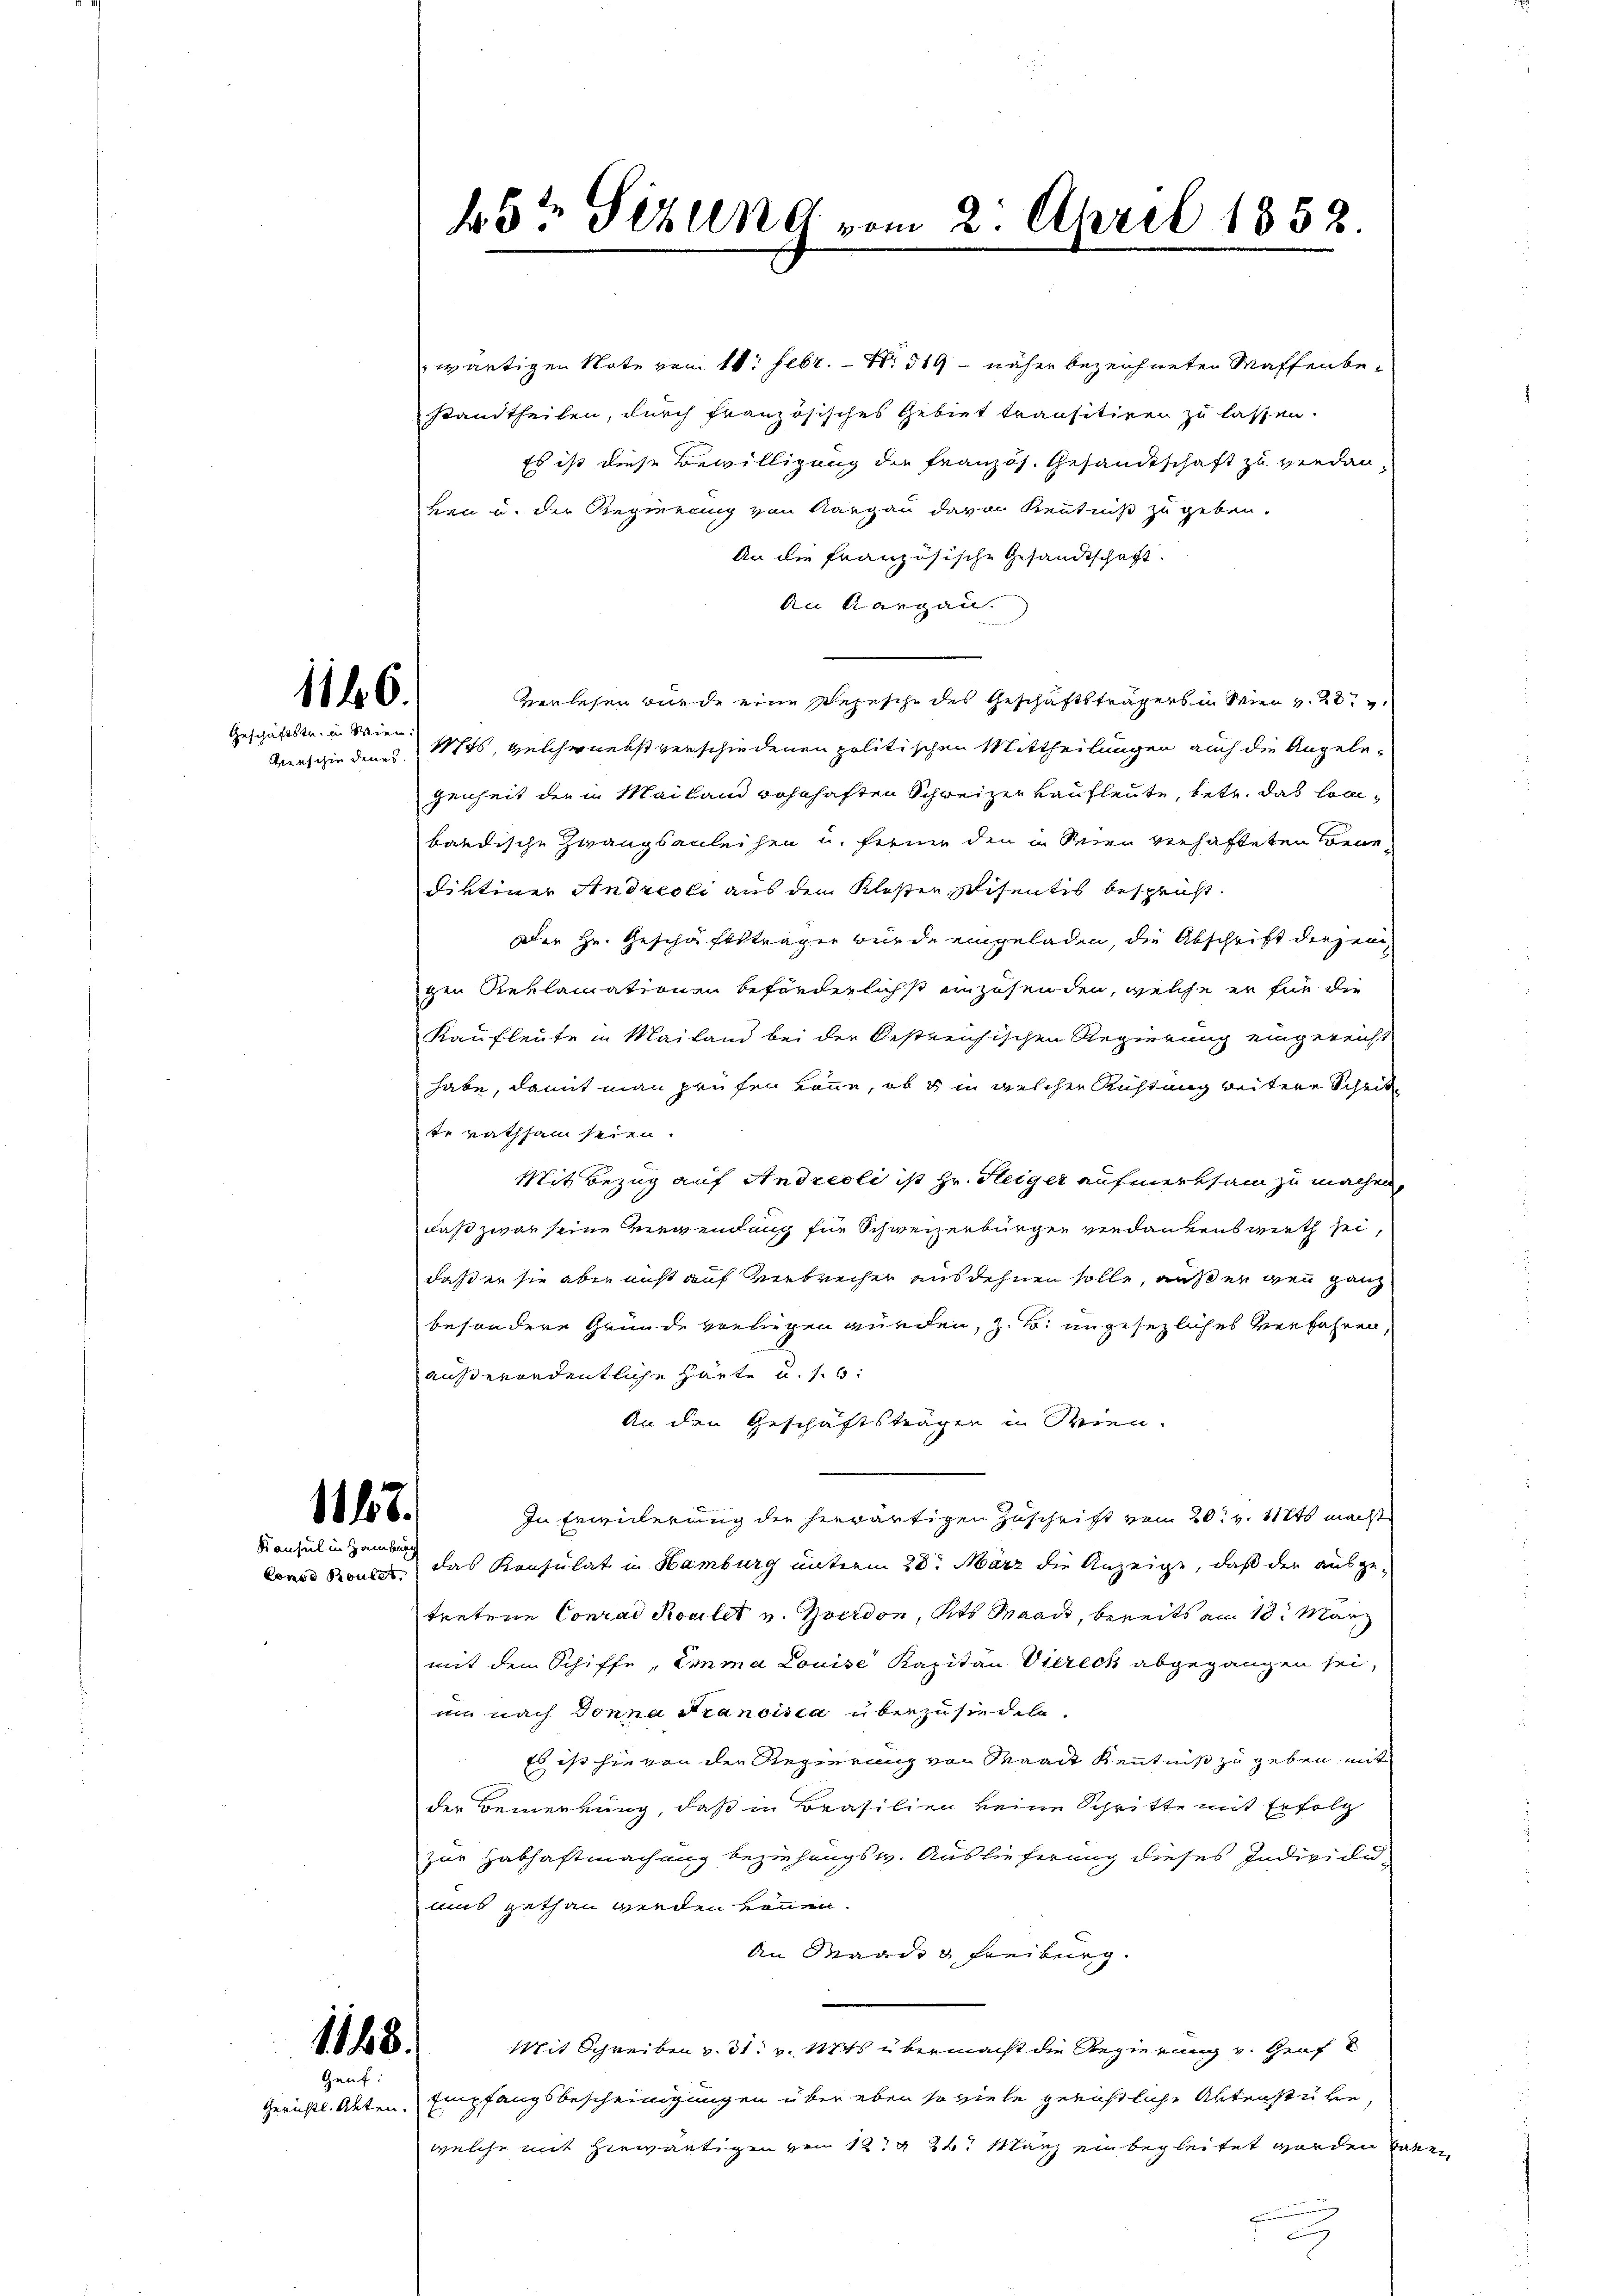
1146.
Geschäftstr. u. Wien.

1118.
Konsul in Hamburg

1148.
Gauf:

wärtigen Note vom 11. Febr. - Nr. 319 - näher bezeichneten Waffenbestandtheilen, durch französisches Gebiet transitiren zu lassen.
Es ist diese Bewilligung der Französ. Gesandtschaft zu verdan
ken u. der Regierung von Aargau davon Kenntniß zu geben.
An die französische Gesandtschaft.
An Aargau.
verlesen wurde eine Depesche des Geschäftsträgers u. vier v. 20
Verschiedenes 1846, welche nebst verschiedenen politischen Mittheilungen auch die Angelegenheit der in Mailand wohnhaften Schweizer Kaufleute, betr. das locibändische Zwangsanleihen u. ferner den in den verhafteten Bene
diktiner Andreoli aus dem Klosten Eisentis bespricht.
Der Hr. Geschäftsträger wurde eingeladen, die Abschrift derjenigen Reklamationen beförderlichst einzusenden, welche er für die
Kaufleute in Mailand bei der bestreichischen Regierung eingereicht
habe, damit man prüfen könne, ob es in welcher Richtung weitere Schrit
te rathsam seien.
Mit Bezug auf Andreoli ist Hr. Heiger aufmerksam zu machen,
daß zwar seine Verwendung für Schweizerbürger verdankens wirth sei,
daß er sie aber nicht auf Verbrecher ausdehnen solle, außer wenn ganz
besondere Gründe vorliegen wurden, z. B. ungesezliches Verfahren,
außerordentliche Häute u. s. b
An den Geschäftsträgen in Wien.
In Erweiterung der herwärtigen Zuschrift vom 20. v. 12t macht
Conos Konses. das Konsulat in Hamburg unterm 28. März die Anzeige, daß der ausgetretene Conrad Rovilet v. Zverdon, Kts Mann, bereits am 10. März
mit dem Schiffe, Emma Louise Kapitän Viereck abgegangen sei,
um nach Donna Francisca überzusiedeln.
Es ist hievon der Regierung von Waadt Kenntniß zu geben mit
der Bemerkung, daß in Brasilien keine Schritte mit Erfolg
zur Habhaftmachung beziehungsw. Auslieferung dieses Individumius gethan werden können.
An Maad d Freiburg.
Mit Schreiben v. 31. v. Mts. übermacht die Regierung v. Graf
Gerichtl. Alten, Empfangsbescheinigungen über eben so viele gerichtliche Aktenstühre,
welche mit Hinwärtigen von 124 24. Manz einbegleitet worden habe

45½ Sizung vom 2. April 1852.